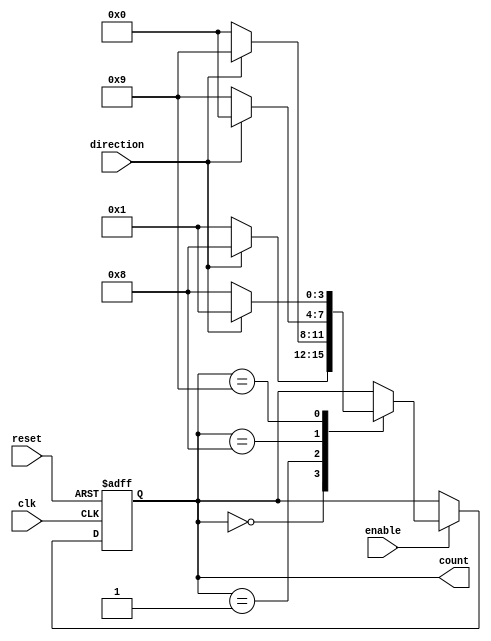
module bidirectional_gray_counter(
    input wire clk,
    input wire reset,
    input wire direction,
    input wire enable,
    output reg [3:0] count
);

reg [3:0] next_count;

// Gray code mapping for increment and decrement
always @(*) begin
    case(count)
        4'b0000:  next_count = (direction) ? 4'b1000 : 4'b0001; //If direction is high, increment else decrement
        4'b0001:  next_count = (direction) ? 4'b1001 : 4'b0000;
        4'b1000:  next_count = (direction) ? 4'b0000 : 4'b1001;
        4'b1001:  next_count = (direction) ? 4'b0001 : 4'b1000;
        default:   next_count = count;
    endcase
end

// Sequential logic to update count based on clock and enable signals
always @(posedge clk or posedge reset) begin
    if(reset) begin
        count <= 4'b0000;
    end else if(enable) begin
        count <= next_count;
    end
end

endmodule